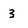
Character: 3